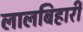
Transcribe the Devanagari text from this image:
लालबिहारी